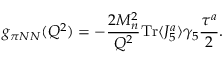
g _ { \pi N N } ( Q ^ { 2 } ) = - \frac { 2 M _ { n } ^ { 2 } } { Q ^ { 2 } } \mathrm { T r } \langle J _ { 5 } ^ { a } \rangle \gamma _ { 5 } \frac { \tau ^ { a } } { 2 } .